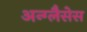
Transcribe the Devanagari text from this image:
अन्ग्लैसेस